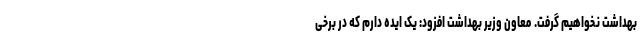
بهداشت نخواهیم گرفت. معاون وزیر بهداشت افزود: یک ایده دارم که در برخی